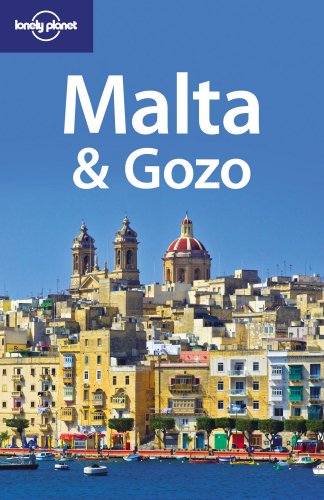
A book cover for Malta & Gozo (Country Travel Guide); Carolyn Bain; Travel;